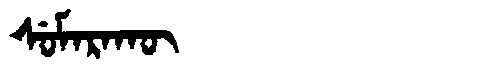
Manchu: ᠰᡠᠮᠠᡵᠠᡴᡡ
Romanization: SUMARAKŪ